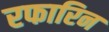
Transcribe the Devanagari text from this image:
रफारिन